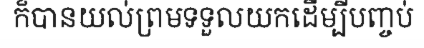
ក៏បានយល់ព្រមទទួលយកដើម្បីបញ្ចប់